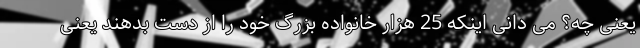
یعنی چه؟ می دانی اینکه 25 هزار خانواده بزرگ خود را از دست بدهند یعنی